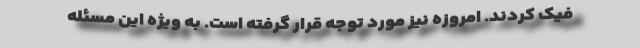
فیک کردند. امروزه نیز مورد توجه قرار گرفته است. به ویژه این مسئله